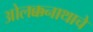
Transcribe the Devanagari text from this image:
ओलक्कनाथाचे